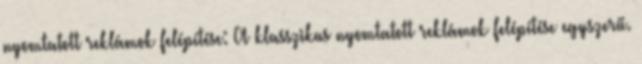
nyomtatott reklámok felépítése: A klasszikus nyomtatott reklámok felépítése egyszerű.